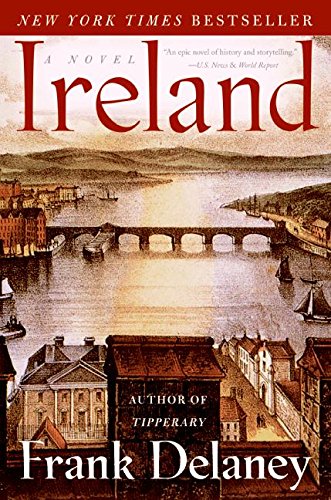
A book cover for Ireland: A Novel; Frank Delaney; Literature & Fiction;